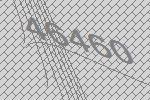
46460